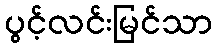
ပွင့်လင်းမြင်သာ